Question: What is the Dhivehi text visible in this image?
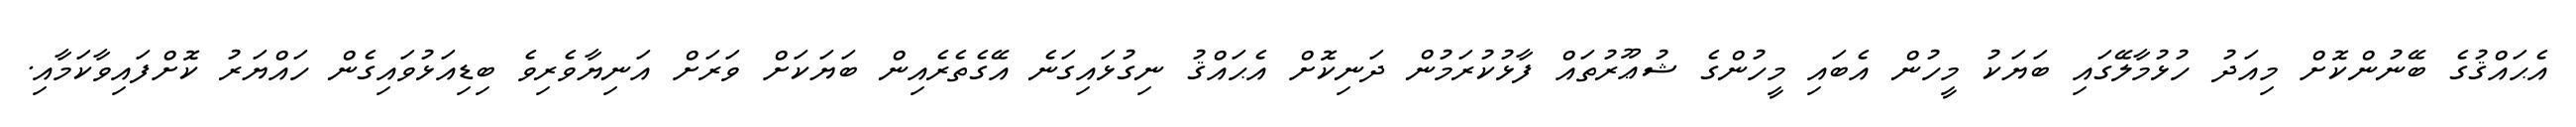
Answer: އެޙައްޤުގެ ބޭނުންކޮށް މިއަދު ހުޅުމާލޭގައި ބަޔަކު މީހުން އެބައި މީހުންގެ ޝުޢޫރުތައް ފާޅުކުރަމުން ދަނިކޮށް އެޙައްޤު ނިގުޅައިގަނެ އޭގެތެރެއިން ބަޔަކަށް ވަރަށް އަނިޔާވެރިވެ ބިޑިއަޅުވައިގެން ހައްޔަރު ކޮށްފައިވާކަމާއި.